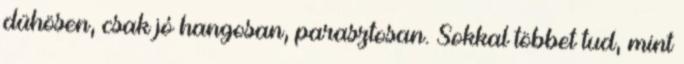
dühösen, csak jó hangosan, parasztosan. Sokkal többet tud, mint